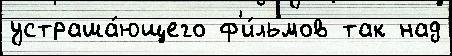
устраша́ющего ф'и́льмов так над